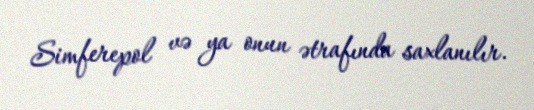
Simferepol və ya onun ətrafında saxlanılır.